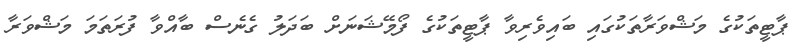
ޕާޓީތަކުގެ މަޝްވަރާތަކުގައި ބައިވެރިވާ ޕާޓީތަކުގެ ފޯމޭޝަނަށް ބަދަލު ގެނެސް ބާއްވާ ފުރަތަމަ މަޝްވަރާ